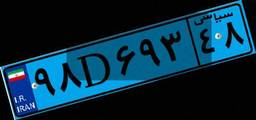
۸۱D۳۲۷۴۹